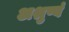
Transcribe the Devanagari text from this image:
अश्रुष्वं